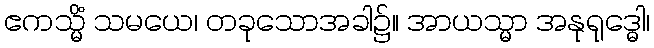
ဧကသ္မိံ သမယေ၊ တခုသောအခါ၌။ အာယသ္မာ အနုရုဒ္ဓေါ၊